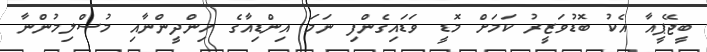
ބީޖޭޕީއާ އެކު ބޮޑުވަޒީރު ކަމަށް މޮޑީ ވަޑައިގެންފި ނަމަ އިންޑިއާގެ ހިންދީންނާއި މުސްލިމުންނާ